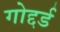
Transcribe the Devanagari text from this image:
गोद्दर्ड